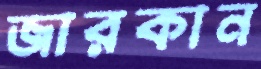
জারকান